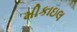
મીકાઇલ